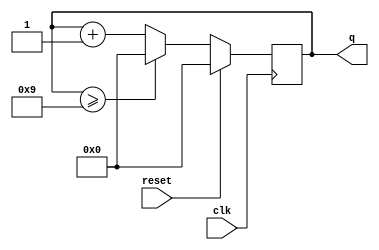
module top_module (
    input clk,
    input reset,        // Synchronous active-high reset
    output [3:0] q);
    always@(posedge clk)begin
        if(reset) q <= 4'd0;
        else if(q >= 4'd9) q <= 4'd0;
        else q <= q +1'd1;
    end

endmodule